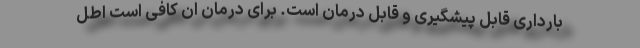
بارداری قابل پیشگیری و قابل درمان است. برای درمان ان کافی است اطل